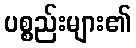
ပစ္စည်းများ၏